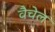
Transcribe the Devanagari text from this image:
वैचेल